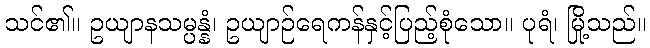
သင်၏။ ဥယျာနသမ္ပန္နံ၊ ဥယျာဉ်ရေကန်နှင့်ပြည့်စုံသော။ ပုရံ၊ မြို့သည်။